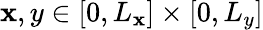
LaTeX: \mathbf{x},y\in[0,L_{\mathbf{x}}]\times[0,L_{y}]